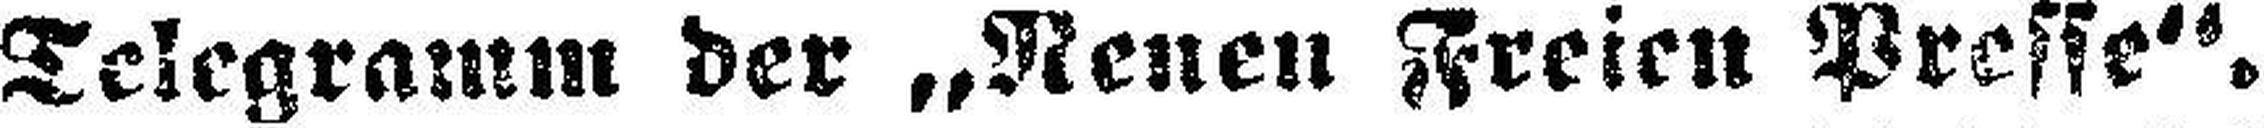
Telegramm der „Neuen Freien Presse“.